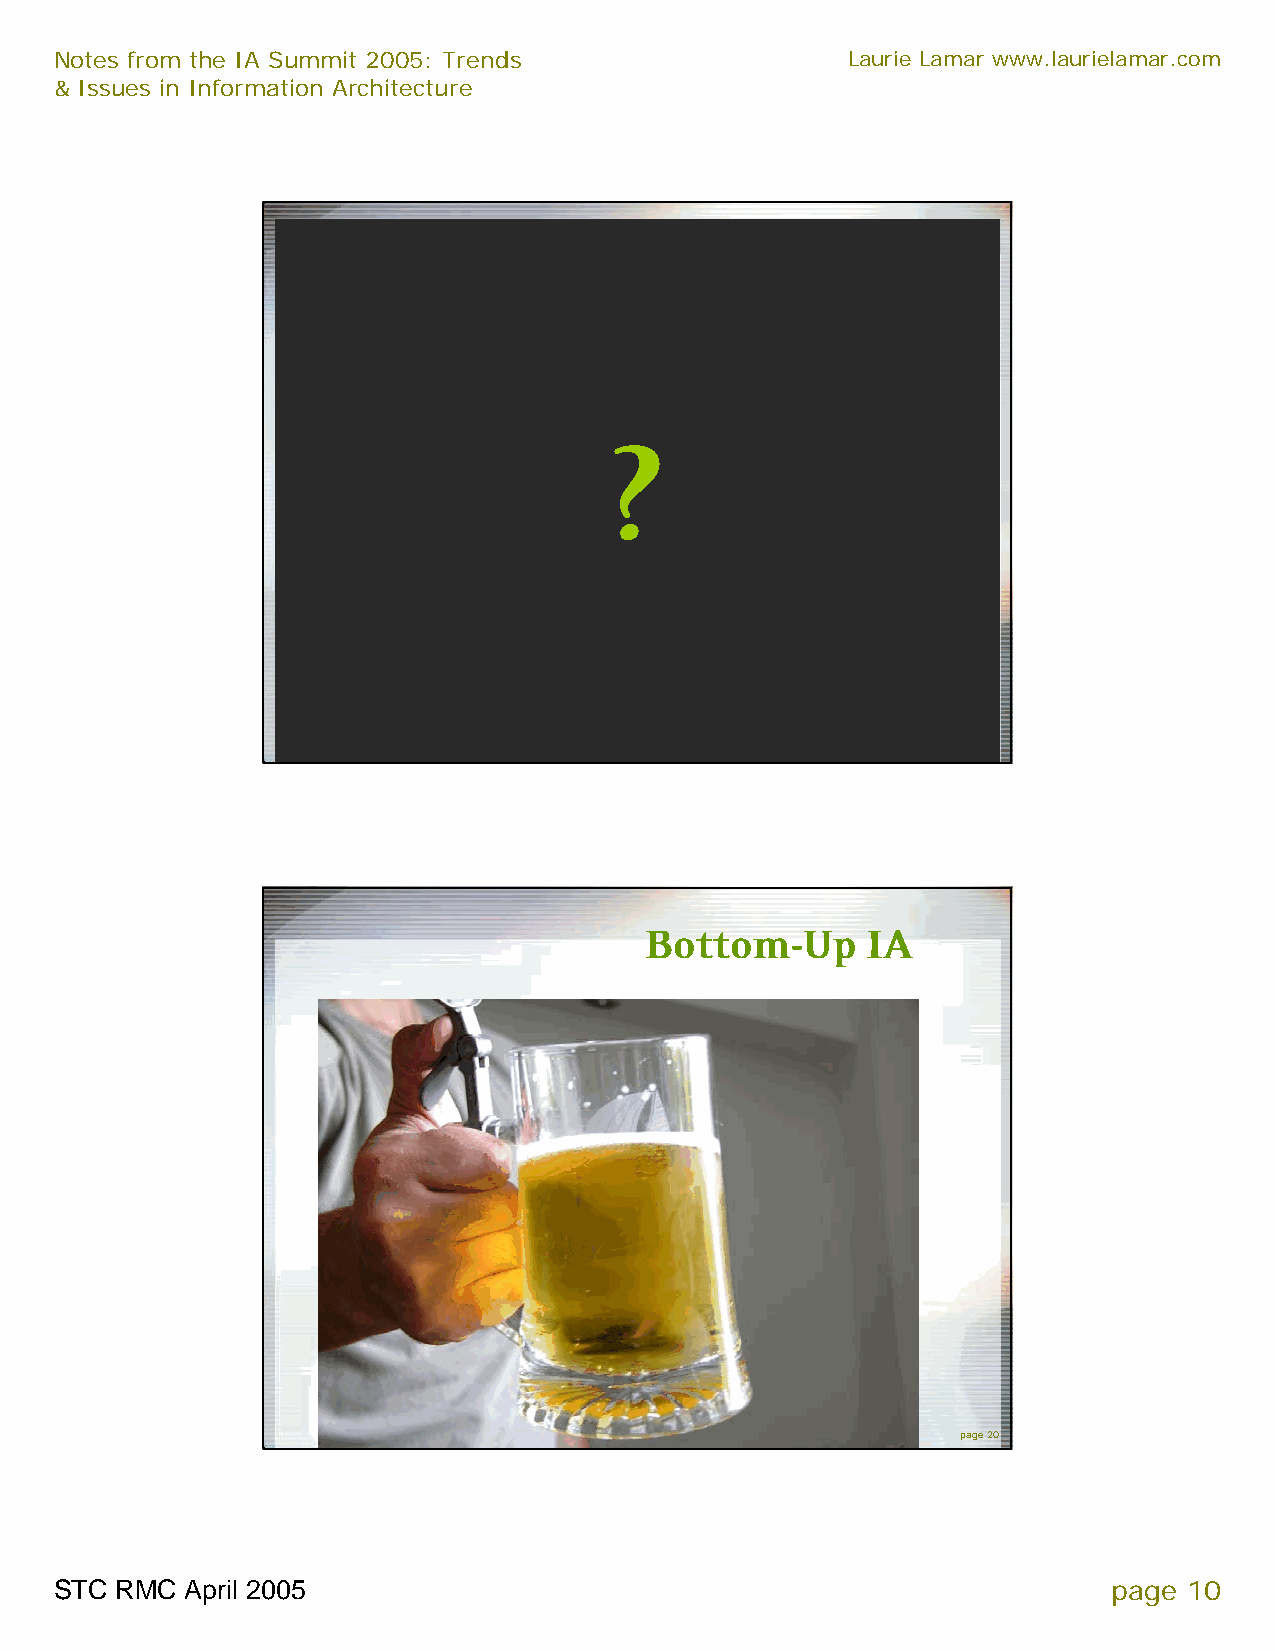
Notes from the IA Summit 2005: Trends               Laurie Lamar www.laurielamar.com
 & Issues in Information Architecture
 ?
 page 19
 Bottom-Up     IA
 page 20
 STC RMC April 2005                                                    page 10